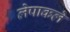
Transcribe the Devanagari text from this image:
लेपाकले